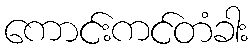
ကောင်းကင်တံခါး